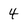
Character: 4